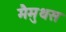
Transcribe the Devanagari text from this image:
मैमुथस